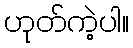
ဟုတ်ကဲ့ပါ။